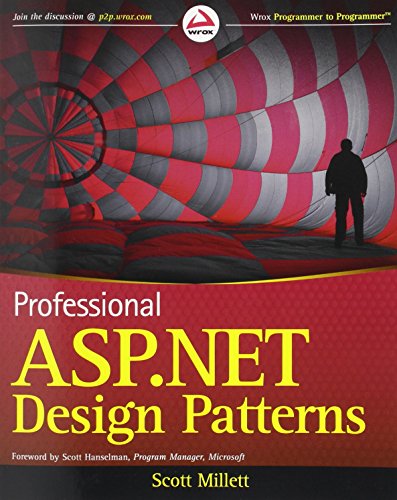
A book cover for Professional ASP.NET Design Patterns; Scott Millett; Computers & Technology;